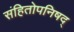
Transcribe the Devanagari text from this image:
संहितोपनिषद्